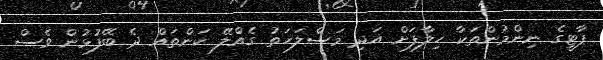
ޕާޓީގެ ނިންމުންތަކާ ހިލާފަށް އަދި މަސްލަހަތު ގެއްލޭ ކަންތައް ދެ ބޭފުޅުން ވެސް